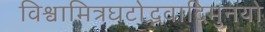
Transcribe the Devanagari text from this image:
विश्वामित्रघटोद्भवादिमुनयो